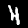
Digit: 4